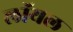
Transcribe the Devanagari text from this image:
लाॅयल